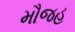
મૌજહ